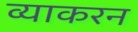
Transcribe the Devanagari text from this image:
व्याकरन